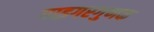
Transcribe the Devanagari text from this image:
गाइगरगुणक